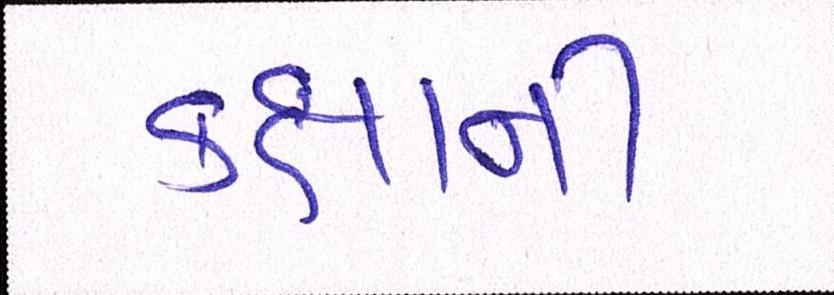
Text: કક્ષાની